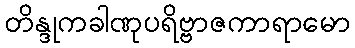
တိန္ဒုကခါဏုပရိဗ္ဗာဇကာရာမော